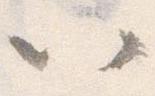
以